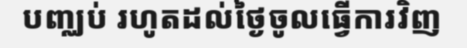
បញ្ឈប់ រហូតដល់ថ្ងៃចូលធ្វើការវិញ